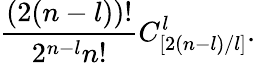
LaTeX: \frac{(2(n-l))!}{2^{n-l}n!}C_{[2(n-l)/l]}^{l}.